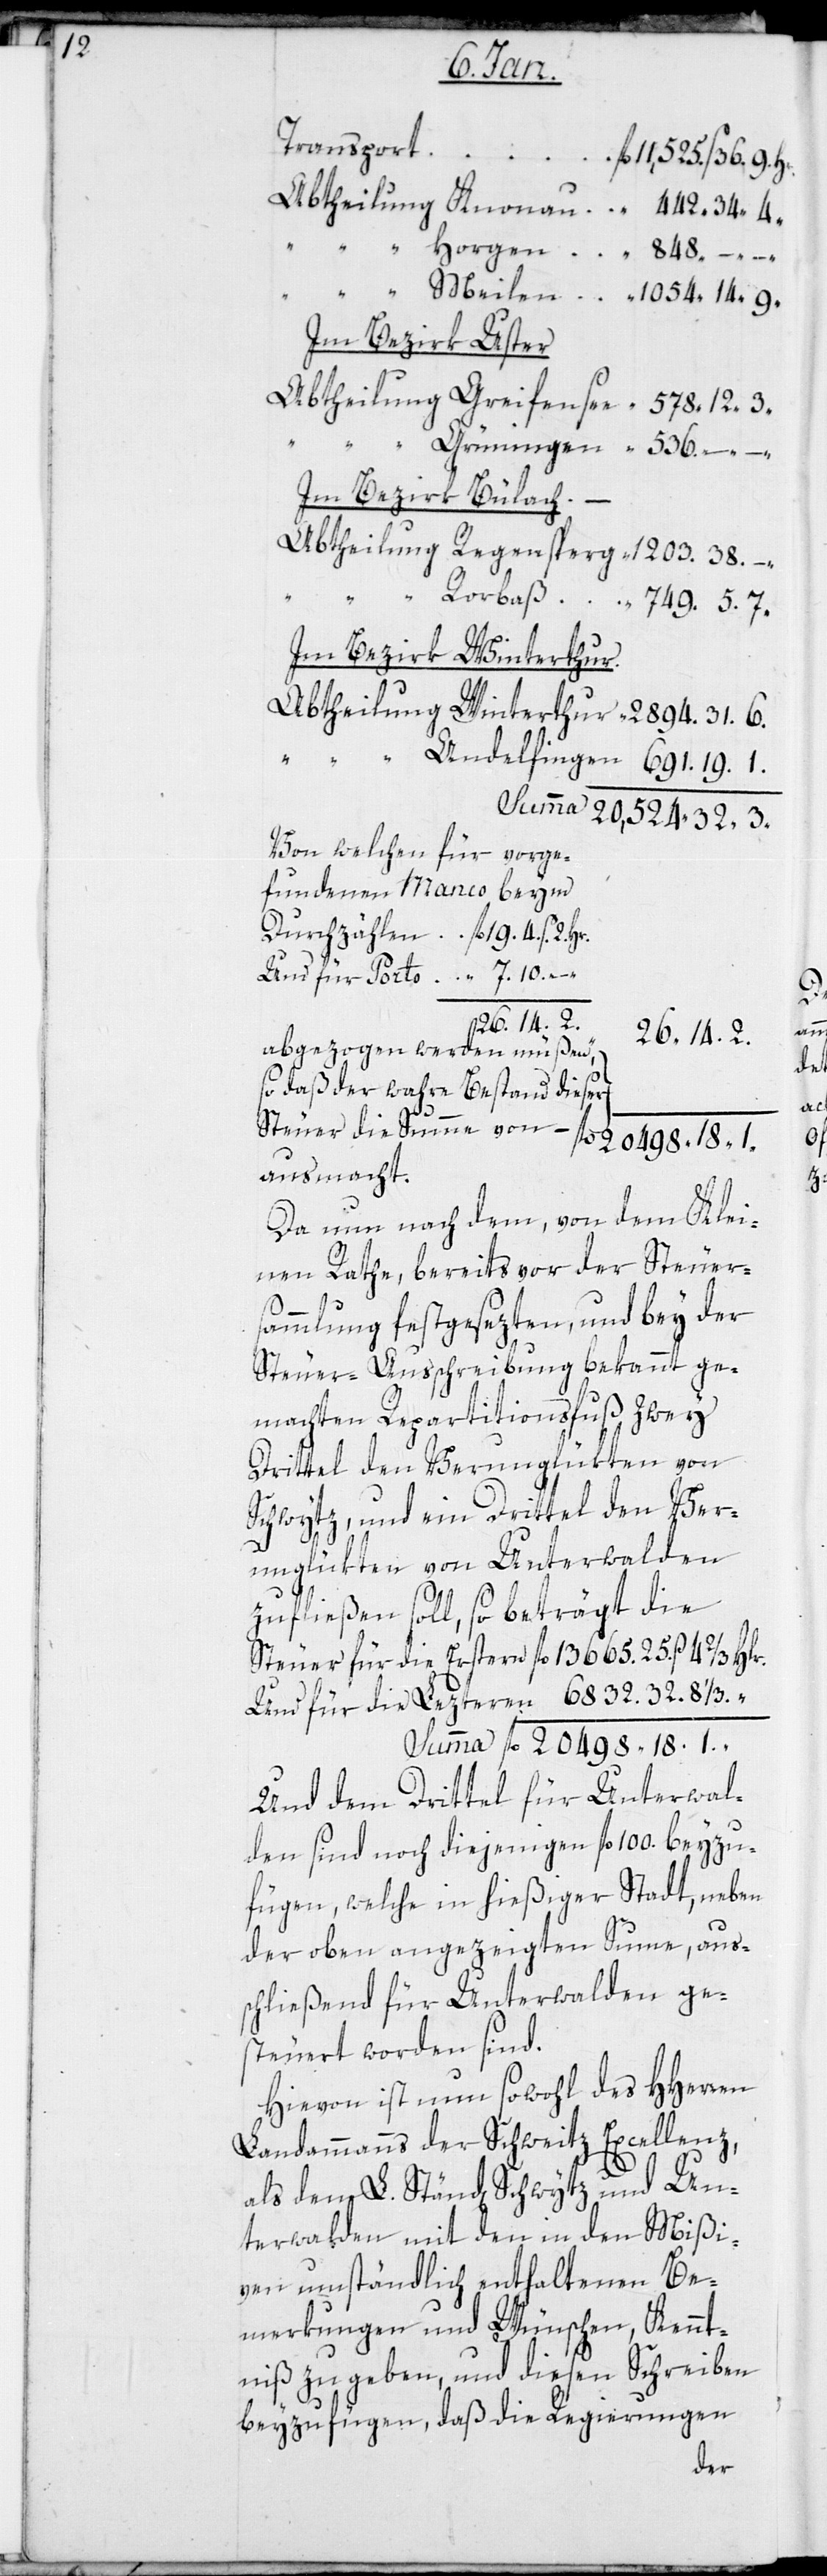
20

1.

Im Bezirk Uster
Im Bezirk Bülach
Im Bezirk Winterthur
Summa
Von welchen für vorge¬
fundenen Manco beym
Durchzählen fl. 19. 4. s. 2. Hr.
Und für Porto “ 7. 10. –
26. 14. 2
abgezogen werden müßen,
so daß der wahre Bestand dieser
Steuer die Summe von
ausmacht.
Da nun nach dem, von dem Klei¬
nen Rathe, bereits vor der Steuer¬
sammlung festgesetzten, und bey der
Steuer-Ausschreibung bekannt ge¬
machten Repartitionsfuß zwey
Drittel den Verunglückten von
Schwytz, und ein Drittel den Ver¬
3
unglückten von Unterwalden
zufließen soll, so beträgt die
Und dem Drittel für Unterwal¬
den sind noch diejenigen fl. 100 beyzu¬
fügen, welche in hießiger Stadt, neben
der oben angezeigten Summe, aus¬
schließend für Unterwalden ge¬
steuert worden sind.
Hievon ist nun sowohl des HHerren
Landammanns der Schweitz Excellenz,
als den L. Ständen Schwytz und Un¬
terwalden mit den in den Mißi¬
ven umständlich enthaltenen Be¬
merkungen und Wünschen, Kennt¬
niß zu geben, und diesen Schreiben
beizufügen, daß die Regierungen

Hlr.